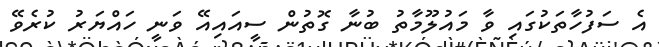
އެ ސަފުހާތަކުގައި ވާ މައުލޫމާތު ބުނާ ގޮތުން ސީއައިއޭ ވަނީ ހައްޔަރު ކުރެވޭ